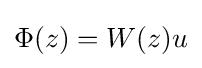
\Phi (z)=W(z)u